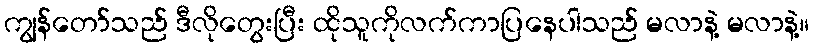
ကျွန်တော်သည် ဒီလိုတွေးပြီး ထိုသူကိုလက်ကာပြနေပါသည် မလာနဲ့ မလာနဲ့။